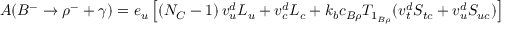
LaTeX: A ( B ^ { - } \to \rho ^ { - } + \gamma ) = e _ { u } \left[ \left( N _ { C } - 1 \right) v _ { u } ^ { d } L _ { u } + v _ { c } ^ { d } { L _ { c } } + k _ { b } c _ { B \rho } T _ { 1 _ { B \rho } } ( v _ { t } ^ { d } S _ { t c } + v _ { u } ^ { d } S _ { u c } ) \right]